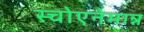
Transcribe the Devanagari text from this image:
स्चोएनेमान्न